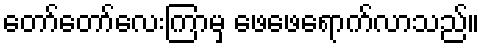
တော်တော်လေးကြာမှ ဖေဖေရောက်လာသည်။